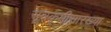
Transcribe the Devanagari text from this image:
सूत्रकृमीसारख्या